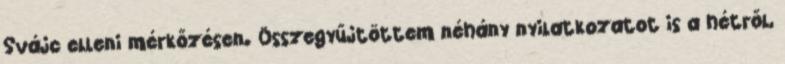
Svájc elleni mérkőzésen. Összegyűjtöttem néhány nyilatkozatot is a hétről,